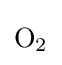
{\mathrm {O} {\vphantom {A}}_{\smash[{t}]{2}}}